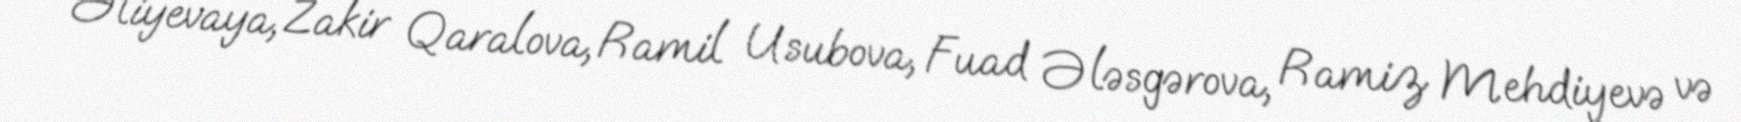
Əliyevaya, Zakir Qaralova, Ramil Usubova, Fuad Ələsgərova, Ramiz Mehdiyevə və